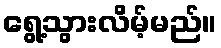
ရွေ့သွားလိမ့်မည်။